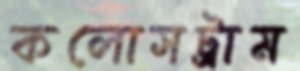
কলোসট্রাম